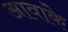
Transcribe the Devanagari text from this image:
आवाके